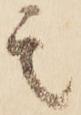
其